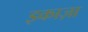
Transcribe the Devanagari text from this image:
इकाज़ा